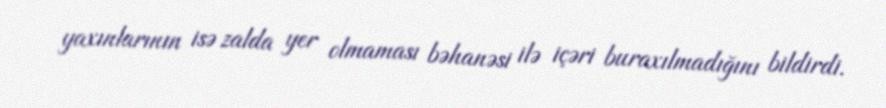
yaxınlarının isə zalda yer olmaması bəhanəsi ilə içəri buraxılmadığını bildirdi.